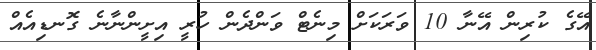
އޭގެ ކުރިން އޭނާ 10 ވަރަކަށް މިނެޓް ވަންދެން ހުރީ އިށީންނާނެ ގޮނޑިއެއް